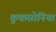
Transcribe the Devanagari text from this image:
कुकसोनिया